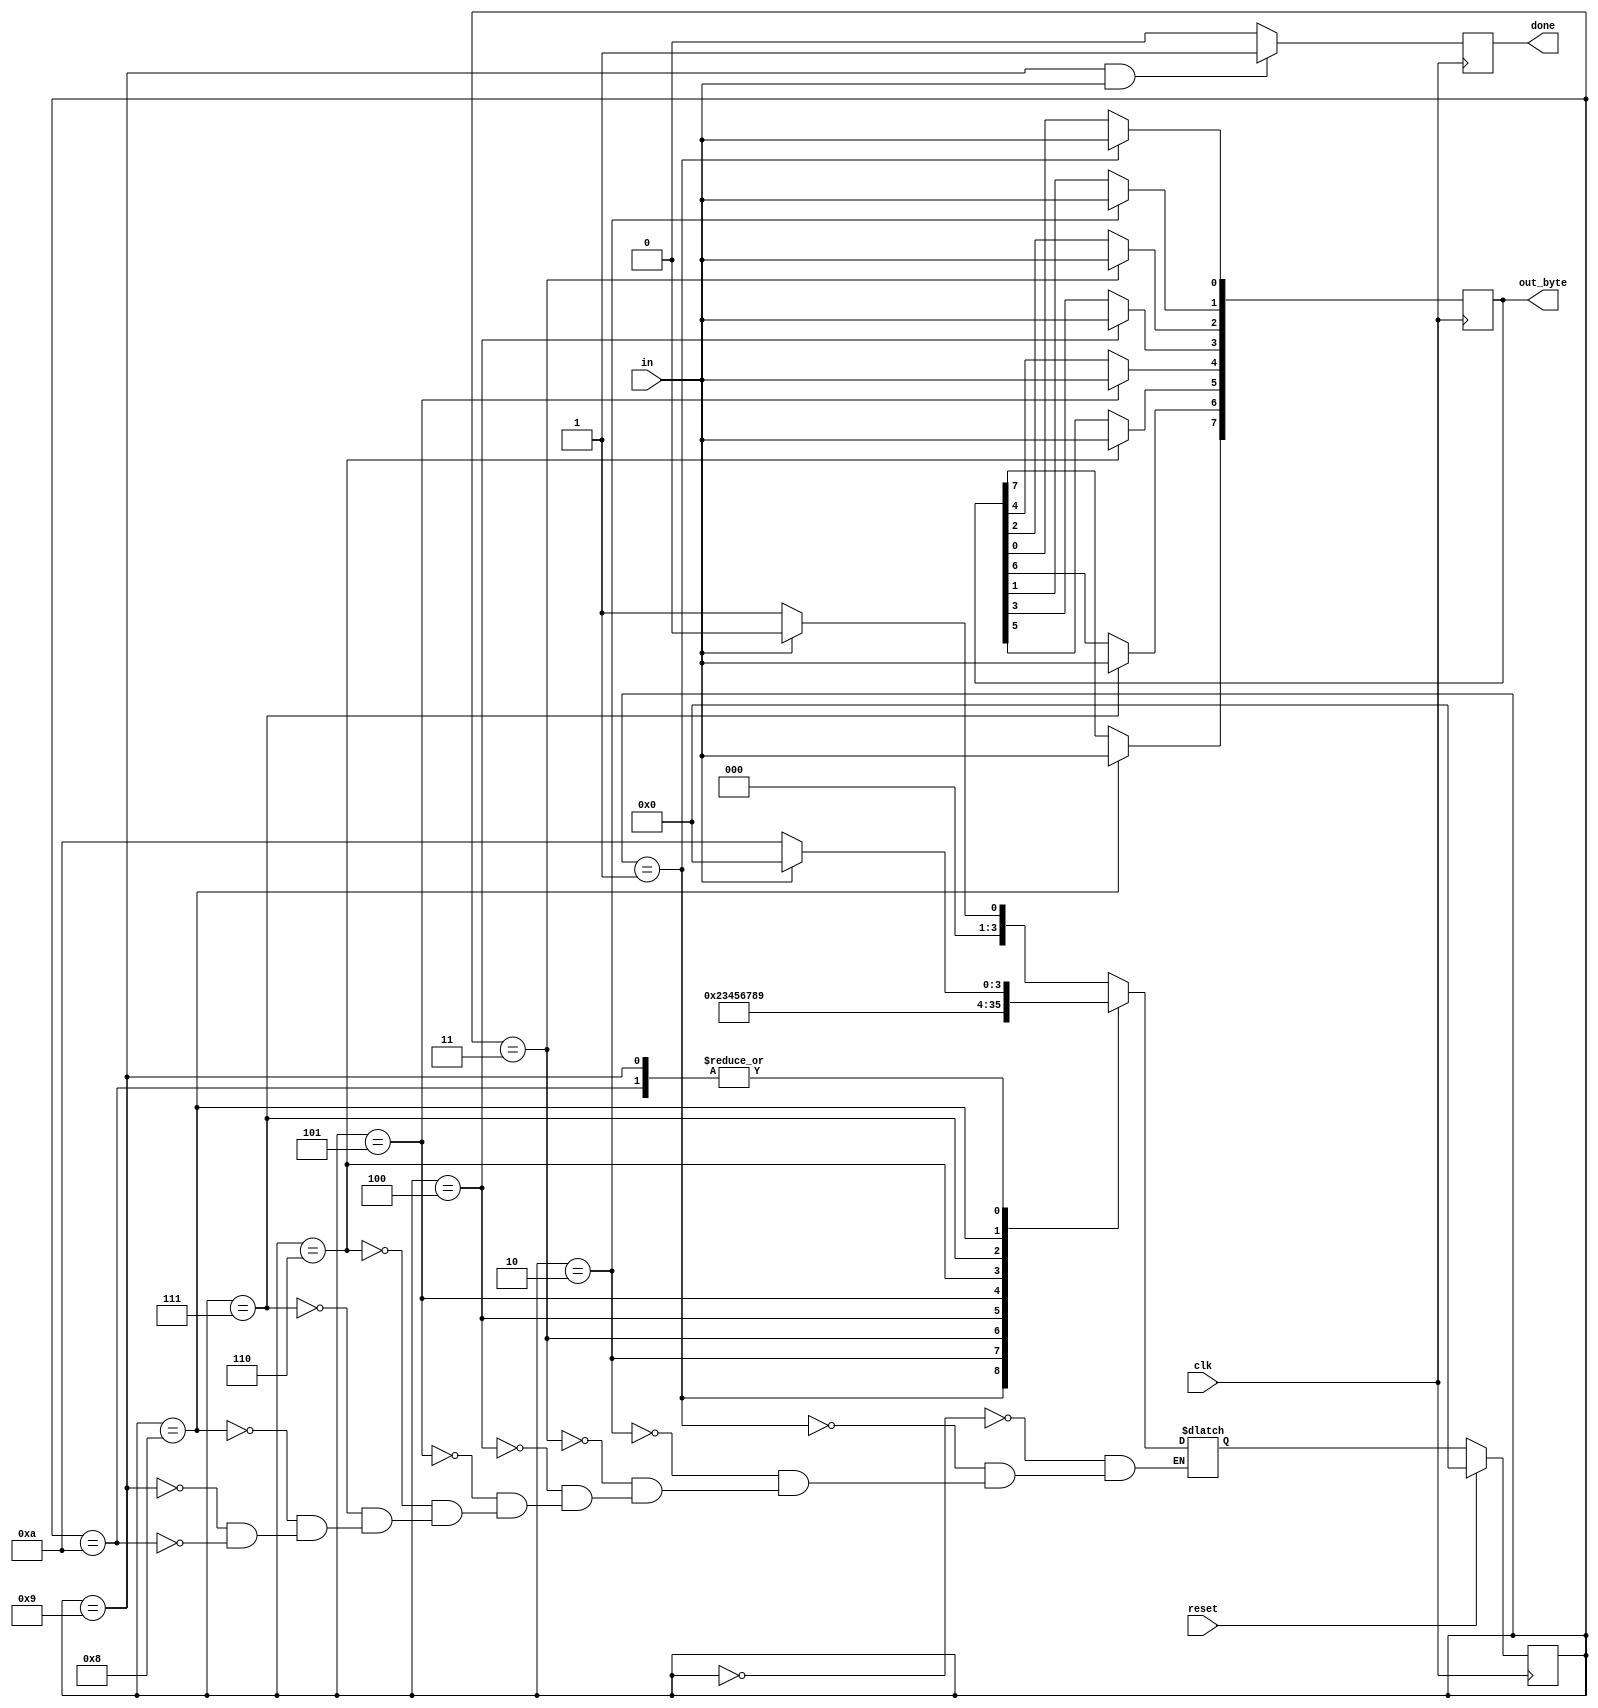
module top_module(
    input clk,
    input in,
    input reset,    // Synchronous reset
    output [7:0] out_byte,
    output done
);

    parameter S0 = 4'h0, S1 = 4'h1, S2 = 4'h2, S3 = 4'h3, S4 = 4'h4, S5 = 4'h5,
    S6 = 4'h6, S7 = 4'h7, S8 = 4'h8, S9 = 4'h9, S10 = 4'ha;
    
    reg [3:0] state, next_state;
    
    // Use FSM from Fsm_serial
    always @(*) begin
        case (state)
            S0: next_state = (in == 1'b0 ? S1 : S0);
            S1: next_state = S2;
            S2: next_state = S3;
            S3: next_state = S4;
            S4: next_state = S5;
            S5: next_state = S6;
            S6: next_state = S7;
            S7: next_state = S8;
            S8: next_state = S9;
            S9: next_state = (in == 1'b1 ? S0 : S10);
            S10: next_state = (in == 1'b1 ? S0 : S10);
        endcase
    end

    always @(posedge clk) begin
        state <= (reset == 1'b1 ? S0 : next_state);
        done  <= (state == S9 && in == 1'b1 ? 1'b1 : 1'b0);
    end
    // New: Datapath to latch input bits.
    always @(posedge clk) begin
        case (state)
            S1: out_byte[0] = in;
            S2: out_byte[1] = in;
            S3: out_byte[2] = in;
            S4: out_byte[3] = in;
            S5: out_byte[4] = in;
            S6: out_byte[5] = in;
            S7: out_byte[6] = in;
            S8: out_byte[7] = in;
        endcase
    end

endmodule